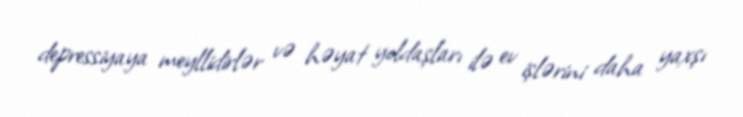
depressiyaya meyllidirlər və həyat yoldaşları ilə ev işlərini daha yaxşı